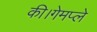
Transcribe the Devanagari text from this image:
की।गेमप्ले